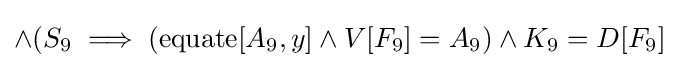
\land (S_{9}\implies (\operatorname {equate} [A_{9},y]\land V[F_{9}]=A_{9})\land K_{9}=D[F_{9}]